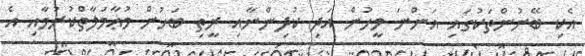
އެކި ބޭނުންތަކުގައި އަންނަ މީހުން އަދި ކުދިންނާއި ރީތި ބަހުން މުޢާމަލާތްކުރުމާއި އެ